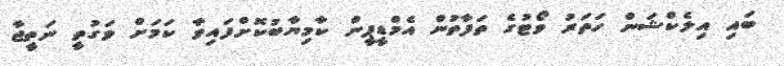
ބައި އިލެކްޝަން ހަތަރު ވޯޓުގެ ތަފާތުން އެމްޑީޕީން ކާމިޔާބުކޮށްފައިވާ ކަމަށް ވަގުތީ ނަތީޖާ